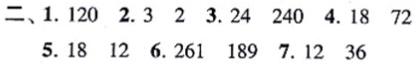
二、1. 120  2. 3  2  3. 24  240  4. 18  72
5. 18  12  6. 261  189  7. 12  36